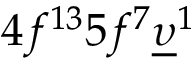
4 f ^ { 1 3 } 5 f ^ { 7 } \underline { { \upsilon } } ^ { 1 }